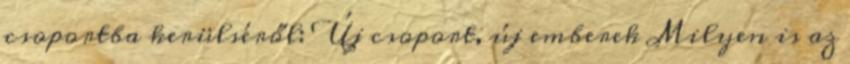
csoportba kerülséről: Új csoport, új emberek Milyen is az